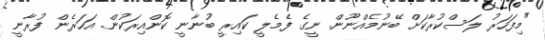
"މިފަހަރު ލަސްކުރާކަށް ބޭނުމެއްނޫން. ނީގެ ފެމެލީ ކައިރީ ބުނާނީ ކޮންއިރަކުން. އަހަރެން ފުރާނީ